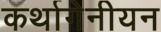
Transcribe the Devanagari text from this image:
कर्थागेनीयन